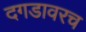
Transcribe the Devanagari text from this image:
दगडावरच